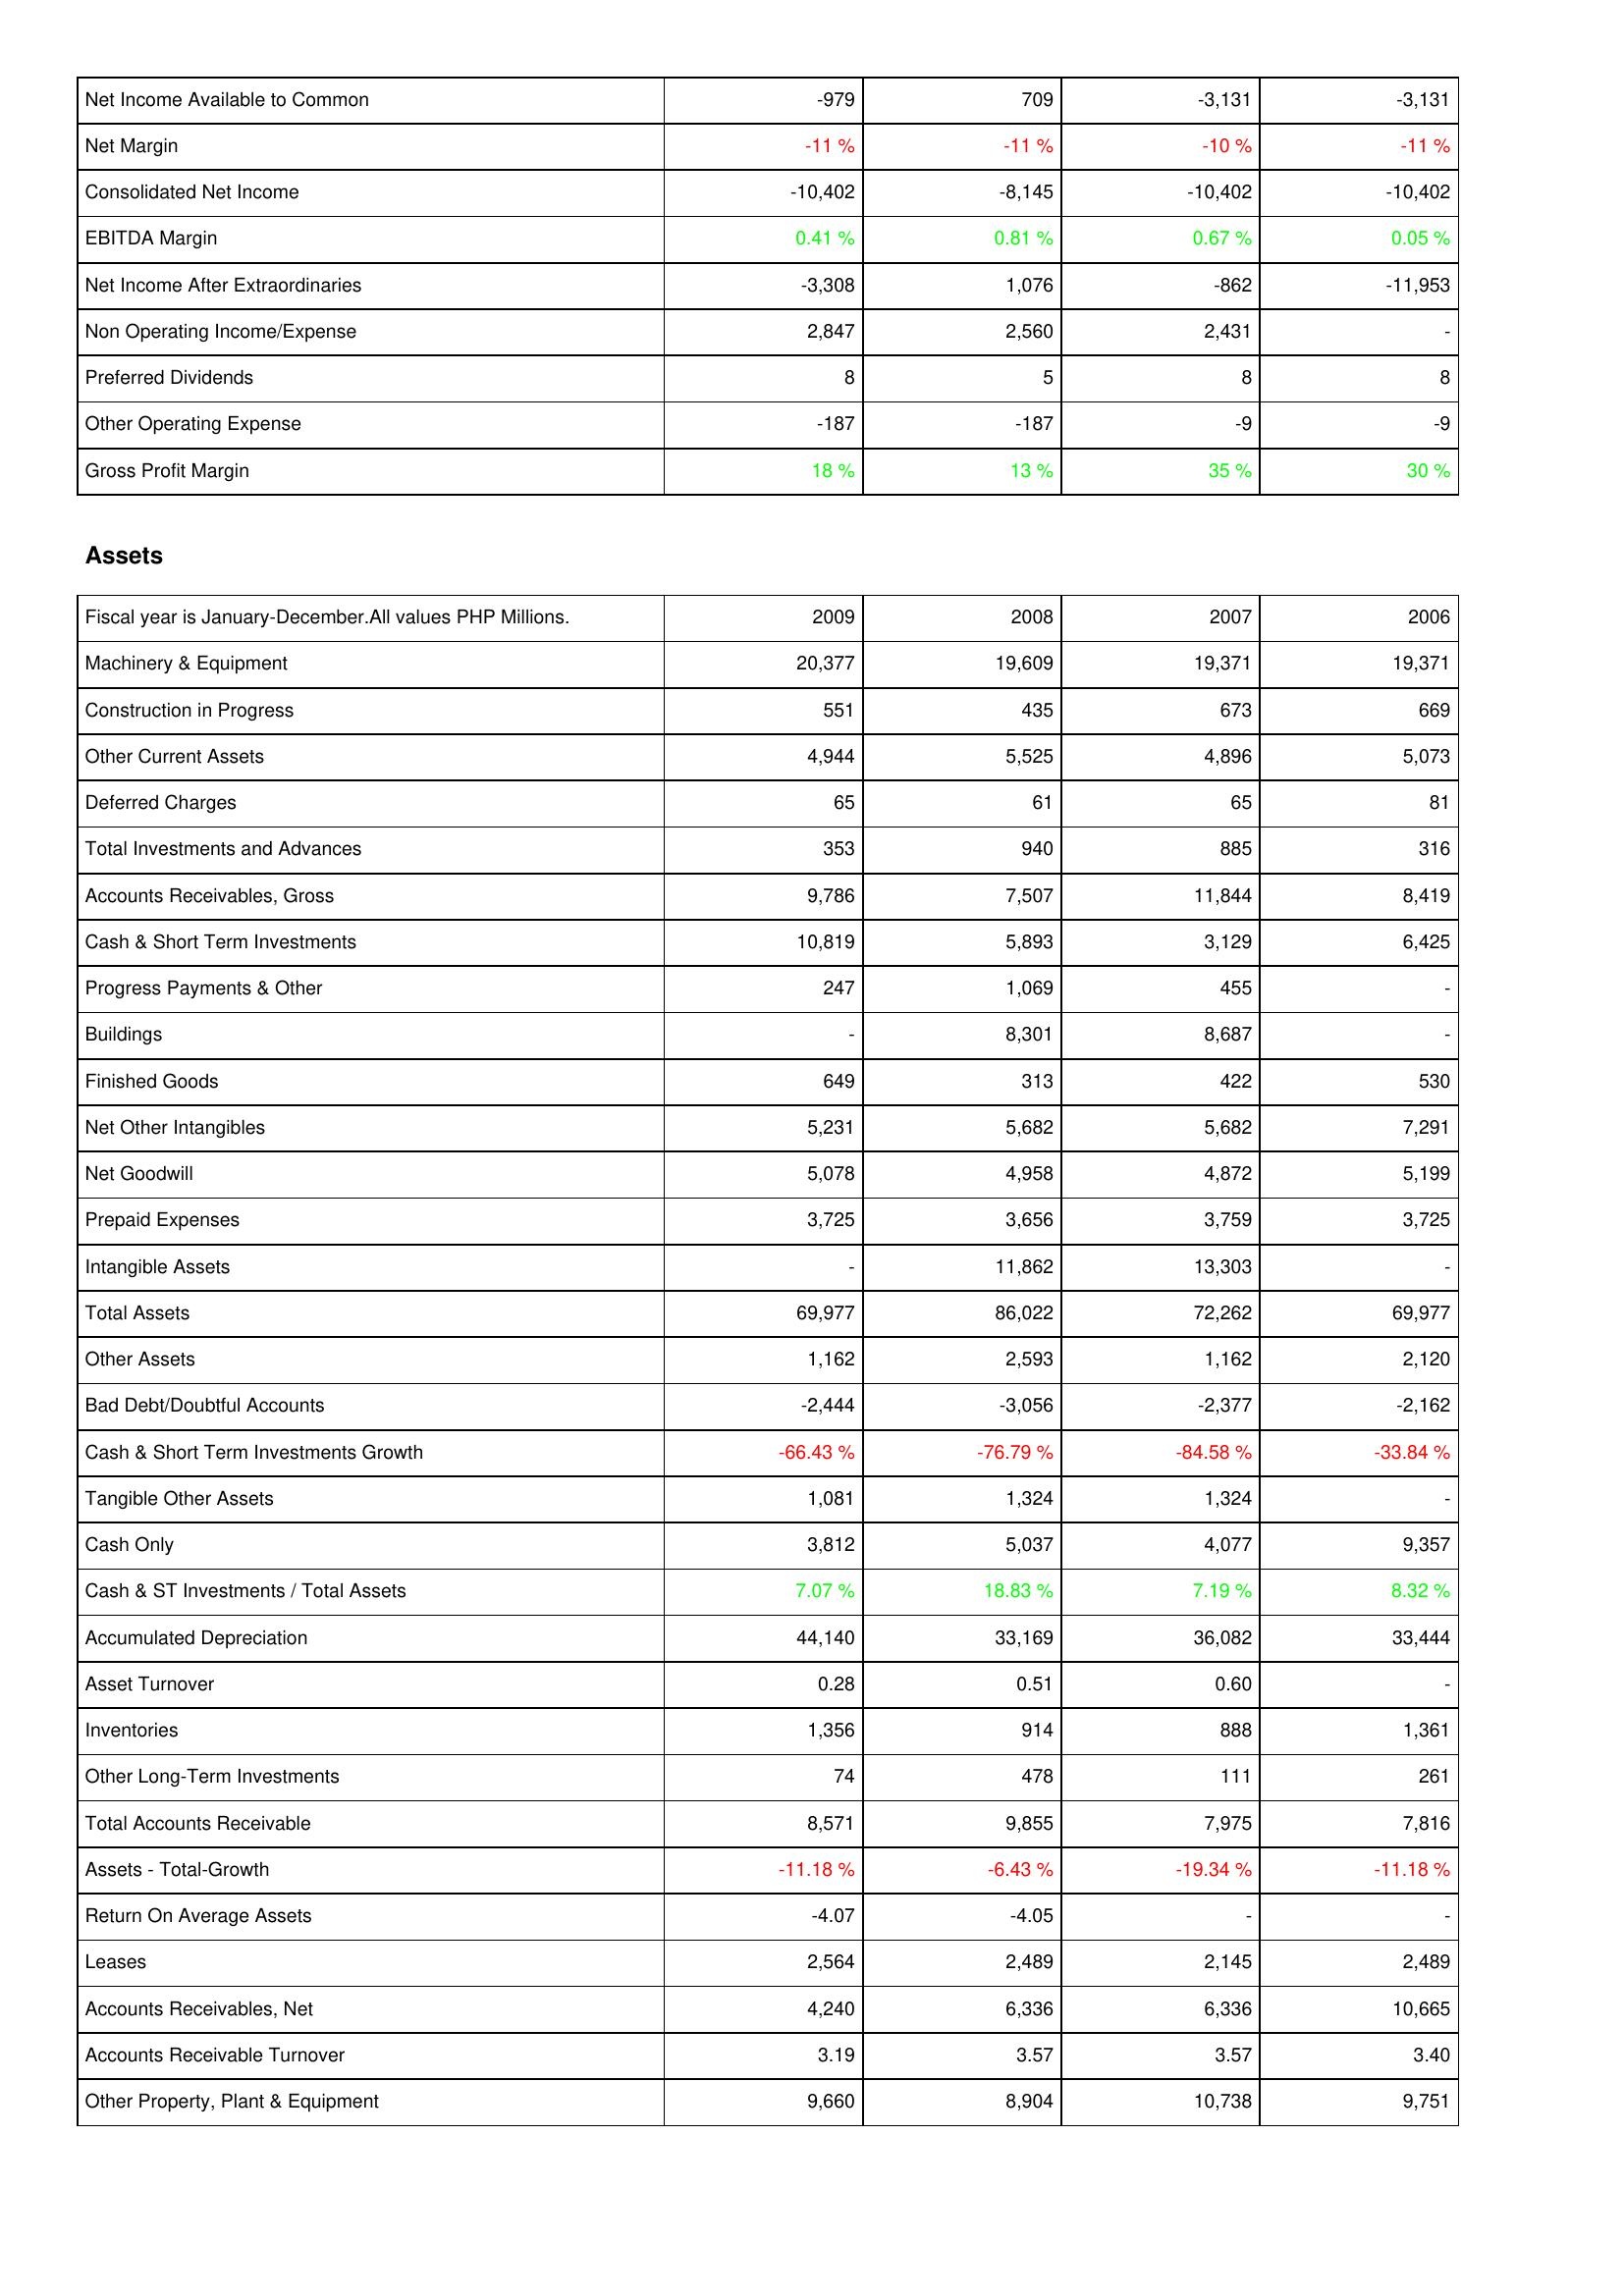
2009: Income Statement: Net Income Available to Common: -979
Net Margin: -11 %
Consolidated Net Income: -10,402
EBITDA Margin: 0.41 %
Net Income After Extraordinaries: -3,308
Non Operating Income/Expense: 2,847
Preferred Dividends: 8
Other Operating Expense: -187
Gross Profit Margin: 18 %
Assets: Machinery & Equipment: 20,377
Construction in Progress: 551
Other Current Assets: 4,944
Deferred Charges: 65
Total Investments and Advances: 353
Accounts Receivables, Gross: 9,786
Cash & Short Term Investments: 10,819
Progress Payments & Other: 247
Buildings: -
Finished Goods: 649
Net Other Intangibles: 5,231
Net Goodwill: 5,078
Prepaid Expenses: 3,725
Intangible Assets: -
Total Assets: 69,977
Other Assets: 1,162
Bad Debt/Doubtful Accounts: -2,444
Cash & Short Term Investments Growth: -66.43 %
Tangible Other Assets: 1,081
Cash Only: 3,812
Cash & ST Investments / Total Assets: 7.07 %
Accumulated Depreciation: 44,140
Asset Turnover: 0.28
Inventories: 1,356
Other Long-Term Investments: 74
Total Accounts Receivable: 8,571
Assets - Total-Growth: -11.18 %
Return On Average Assets: -4.07
Leases: 2,564
Accounts Receivables, Net: 4,240
Accounts Receivable Turnover: 3.19
Other Property, Plant & Equipment: 9,660
2008: Income Statement: Net Income Available to Common: 709
Net Margin: -11 %
Consolidated Net Income: -8,145
EBITDA Margin: 0.81 %
Net Income After Extraordinaries: 1,076
Non Operating Income/Expense: 2,560
Preferred Dividends: 5
Other Operating Expense: -187
Gross Profit Margin: 13 %
Assets: Machinery & Equipment: 19,609
Construction in Progress: 435
Other Current Assets: 5,525
Deferred Charges: 61
Total Investments and Advances: 940
Accounts Receivables, Gross: 7,507
Cash & Short Term Investments: 5,893
Progress Payments & Other: 1,069
Buildings: 8,301
Finished Goods: 313
Net Other Intangibles: 5,682
Net Goodwill: 4,958
Prepaid Expenses: 3,656
Intangible Assets: 11,862
Total Assets: 86,022
Other Assets: 2,593
Bad Debt/Doubtful Accounts: -3,056
Cash & Short Term Investments Growth: -76.79 %
Tangible Other Assets: 1,324
Cash Only: 5,037
Cash & ST Investments / Total Assets: 18.83 %
Accumulated Depreciation: 33,169
Asset Turnover: 0.51
Inventories: 914
Other Long-Term Investments: 478
Total Accounts Receivable: 9,855
Assets - Total-Growth: -6.43 %
Return On Average Assets: -4.05
Leases: 2,489
Accounts Receivables, Net: 6,336
Accounts Receivable Turnover: 3.57
Other Property, Plant & Equipment: 8,904
2007: Income Statement: Net Income Available to Common: -3,131
Net Margin: -10 %
Consolidated Net Income: -10,402
EBITDA Margin: 0.67 %
Net Income After Extraordinaries: -862
Non Operating Income/Expense: 2,431
Preferred Dividends: 8
Other Operating Expense: -9
Gross Profit Margin: 35 %
Assets: Machinery & Equipment: 19,371
Construction in Progress: 673
Other Current Assets: 4,896
Deferred Charges: 65
Total Investments and Advances: 885
Accounts Receivables, Gross: 11,844
Cash & Short Term Investments: 3,129
Progress Payments & Other: 455
Buildings: 8,687
Finished Goods: 422
Net Other Intangibles: 5,682
Net Goodwill: 4,872
Prepaid Expenses: 3,759
Intangible Assets: 13,303
Total Assets: 72,262
Other Assets: 1,162
Bad Debt/Doubtful Accounts: -2,377
Cash & Short Term Investments Growth: -84.58 %
Tangible Other Assets: 1,324
Cash Only: 4,077
Cash & ST Investments / Total Assets: 7.19 %
Accumulated Depreciation: 36,082
Asset Turnover: 0.60
Inventories: 888
Other Long-Term Investments: 111
Total Accounts Receivable: 7,975
Assets - Total-Growth: -19.34 %
Return On Average Assets: -
Leases: 2,145
Accounts Receivables, Net: 6,336
Accounts Receivable Turnover: 3.57
Other Property, Plant & Equipment: 10,738
2006: Income Statement: Net Income Available to Common: -3,131
Net Margin: -11 %
Consolidated Net Income: -10,402
EBITDA Margin: 0.05 %
Net Income After Extraordinaries: -11,953
Non Operating Income/Expense: -
Preferred Dividends: 8
Other Operating Expense: -9
Gross Profit Margin: 30 %
Assets: Machinery & Equipment: 19,371
Construction in Progress: 669
Other Current Assets: 5,073
Deferred Charges: 81
Total Investments and Advances: 316
Accounts Receivables, Gross: 8,419
Cash & Short Term Investments: 6,425
Progress Payments & Other: -
Buildings: -
Finished Goods: 530
Net Other Intangibles: 7,291
Net Goodwill: 5,199
Prepaid Expenses: 3,725
Intangible Assets: -
Total Assets: 69,977
Other Assets: 2,120
Bad Debt/Doubtful Accounts: -2,162
Cash & Short Term Investments Growth: -33.84 %
Tangible Other Assets: -
Cash Only: 9,357
Cash & ST Investments / Total Assets: 8.32 %
Accumulated Depreciation: 33,444
Asset Turnover: -
Inventories: 1,361
Other Long-Term Investments: 261
Total Accounts Receivable: 7,816
Assets - Total-Growth: -11.18 %
Return On Average Assets: -
Leases: 2,489
Accounts Receivables, Net: 10,665
Accounts Receivable Turnover: 3.40
Other Property, Plant & Equipment: 9,751